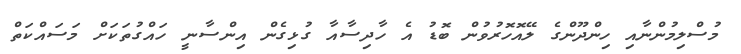
މުސްލިމުންނާއި ހިންދޫންގެ ލޭއޮހޮރުވުން ބޮޑު އެ ހާދިސާއާ ގުޅިގެން އިންސާނީ ހައްގުތަކަށް މަސައްކަތް